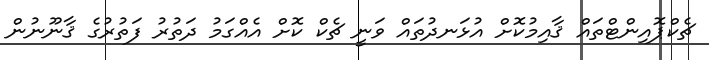
ޗެކްޕޮއިންޓްތައް ޤާއިމުކޮށް އުޅަނދުތައް ވަނީ ޗެކް ކޮށް އެއްގަމު ދަތުރު ފަތުރުގެ ޤާނޫނުން